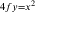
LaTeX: \scriptstyle 4 f y = x ^ { 2 }